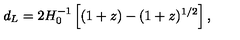
d _ { L } = 2 H _ { 0 } ^ { - 1 } \left[ ( 1 + z ) - ( 1 + z ) ^ { 1 / 2 } \right] ,